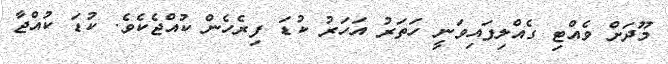
މޫދަށް ވެއްޓި ގެއްލިފައިވަނީ ހަތަރު އަހަރު ކުޑަ ފިރެހެން ކުއްޖެކެވެ. ކުޑަ ކުއްޖާ